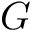
G